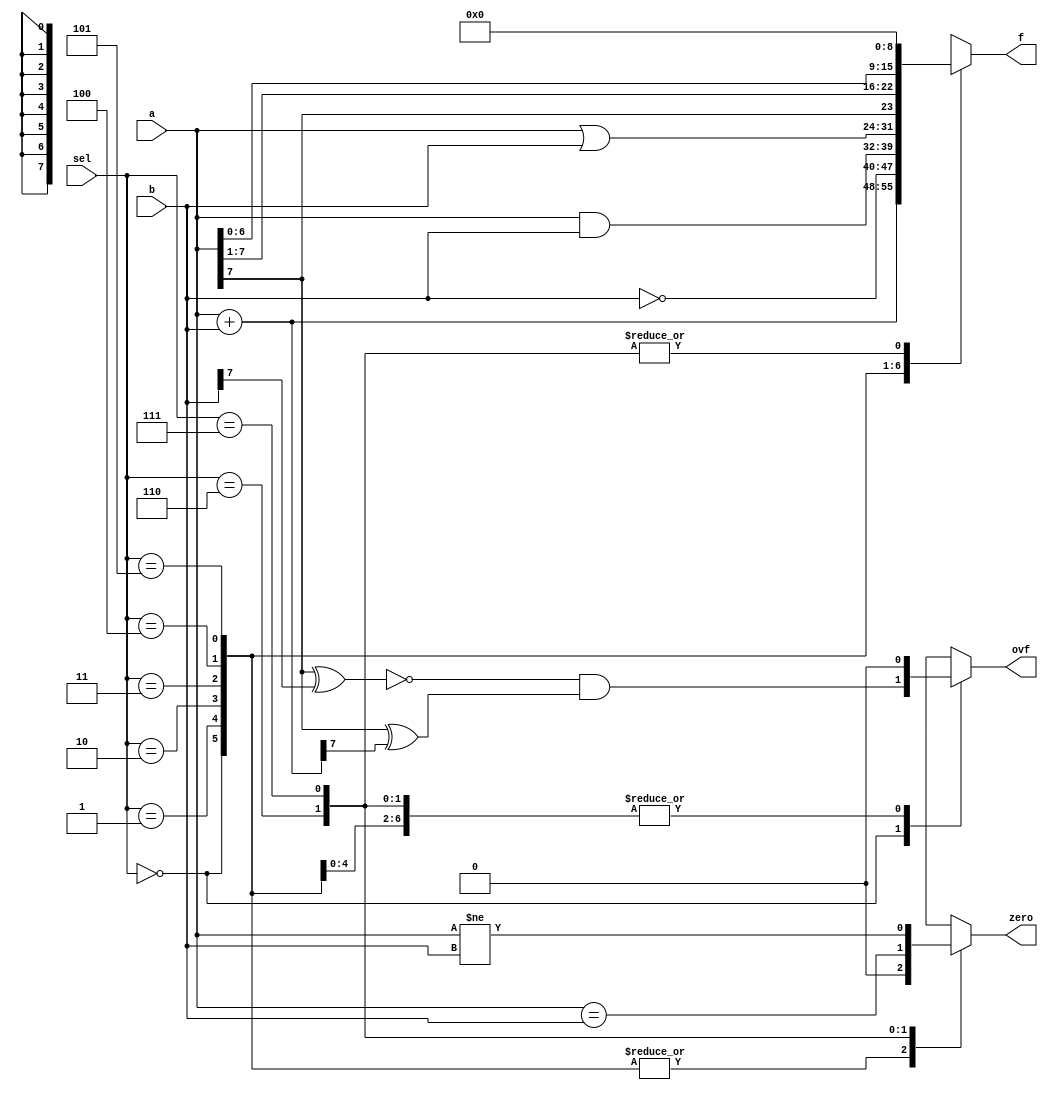
module eightbit_alu(a, b, sel, f, ovf, zero);
	input signed [7:0] a, b;
	input [2:0] sel;
	output reg signed [7:0] f;
	output reg ovf;
	output reg zero;
	always@(a, b, sel) begin
		zero = 0;
		ovf = 0;
		f = 0;
		case(sel)
			3'b000: begin 
				f = a + b;
				ovf = ~(a[7] ^ b[7]) & (a[7] ^ f[7]);
			end
			3'b001: begin 
				f = ~b;
			end
			3'b010: begin 
				f = a & b;
			end
			3'b011: begin 
				f = a | b;
			end
			3'b100: begin 
				f = a >>> 1;
			end
			3'b101: begin 
				f = a <<< 1;
			end
			3'b110: begin 
				zero = a == b;
			end
			3'b111: begin 
				zero = a != b;
			end
		endcase
	end
endmodule